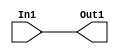
// -------------------------------------------------------------
// 
// 
// Generated by MATLAB 9.13 and HDL Coder 4.0
// 
// -------------------------------------------------------------


// -------------------------------------------------------------
// 
// Module: includeBorder
// Source Path: BlobAnalysisHDL/BlobDetector/CCA_Algorithm/gatheroutput/includeBorder
// Hierarchy Level: 3
// 
// -------------------------------------------------------------

`timescale 1 ns / 1 ns

module includeBorder
          (In1,
           Out1);


  input   [33:0] In1;  // ufix34
  output  [33:0] Out1;  // ufix34




  assign Out1 = In1;

endmodule  // includeBorder